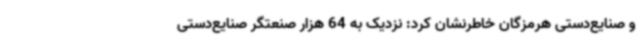
و صنایع‌دستی هرمزگان خاطرنشان کرد: نزدیک به 64 هزار صنعتگر صنایع‌دستی